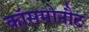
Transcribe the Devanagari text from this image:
कॉसमोनौट